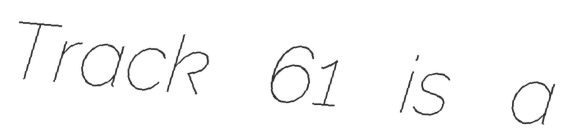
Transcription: Track 61 is a